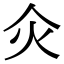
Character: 𤆅